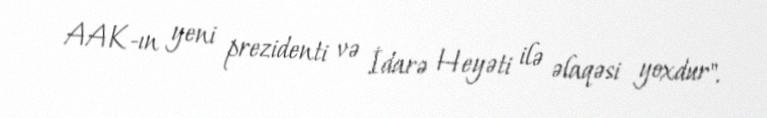
AAK-ın yeni prezidenti və İdarə Heyəti ilə əlaqəsi yoxdur".